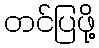
တင်ပြဖို့